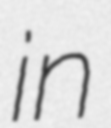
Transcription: in